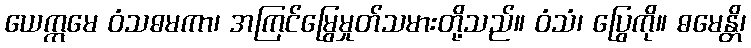
ယေဣမေ ဝံသဓမကာ၊ အကြင်မြွေမှုတ်သမားတို့သည်။ ဝံသံ၊ ပြွေကို။ ဓမေန္တိ၊